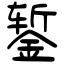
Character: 錾